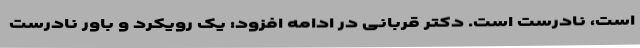
است، نادرست است. دکتر قربانی در ادامه افزود: یک رویکرد و باور نادرست